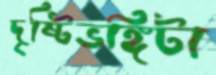
দৃষ্টিভঙ্গিটা